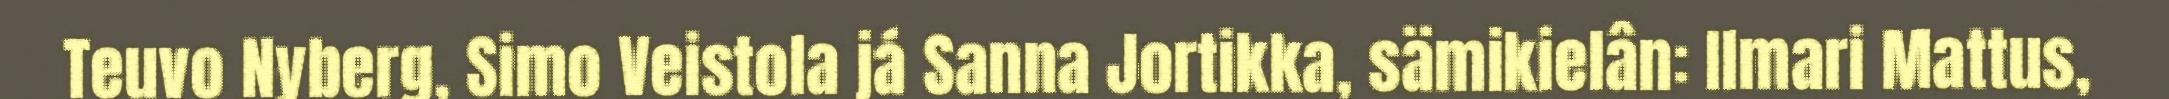
Teuvo Nyberg, Simo Veistola já Sanna Jortikka, sämikielân: Ilmari Mattus,